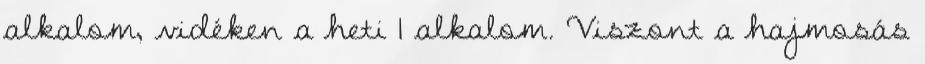
alkalom, vidéken a heti 1 alkalom. Viszont a hajmosás